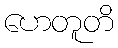
ဟေတူတိ